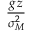
\frac { g \, z } { \sigma _ { M } ^ { 2 } }